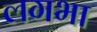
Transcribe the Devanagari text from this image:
लगभा